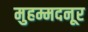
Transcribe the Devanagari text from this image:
मुहम्मदनूर